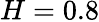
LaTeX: H=0.8